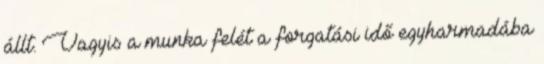
állt. Vagyis a munka felét a forgatási idő egyharmadába